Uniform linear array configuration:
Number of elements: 8
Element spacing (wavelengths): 1
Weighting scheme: exponential
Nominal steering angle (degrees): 30
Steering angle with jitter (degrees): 31.354
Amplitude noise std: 0.05
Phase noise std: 0.05

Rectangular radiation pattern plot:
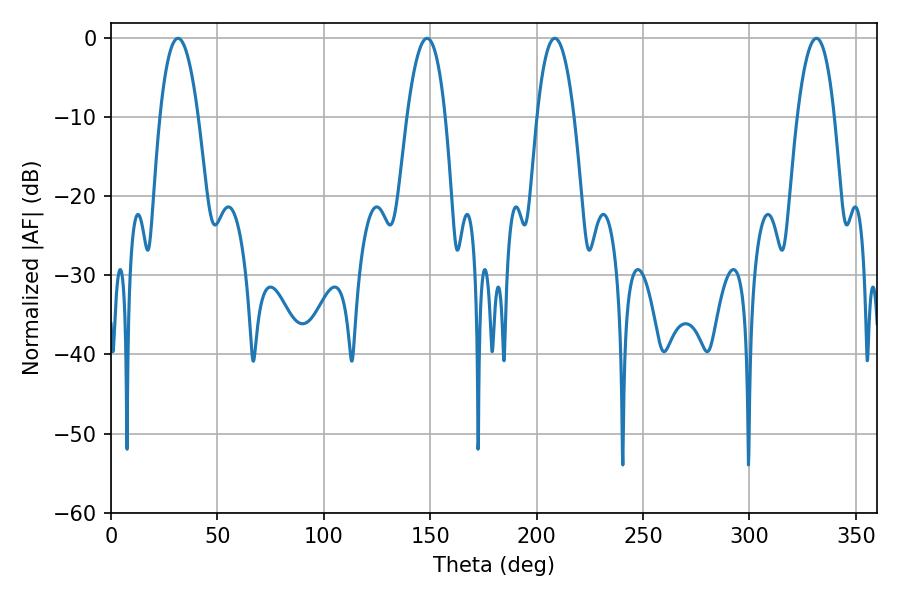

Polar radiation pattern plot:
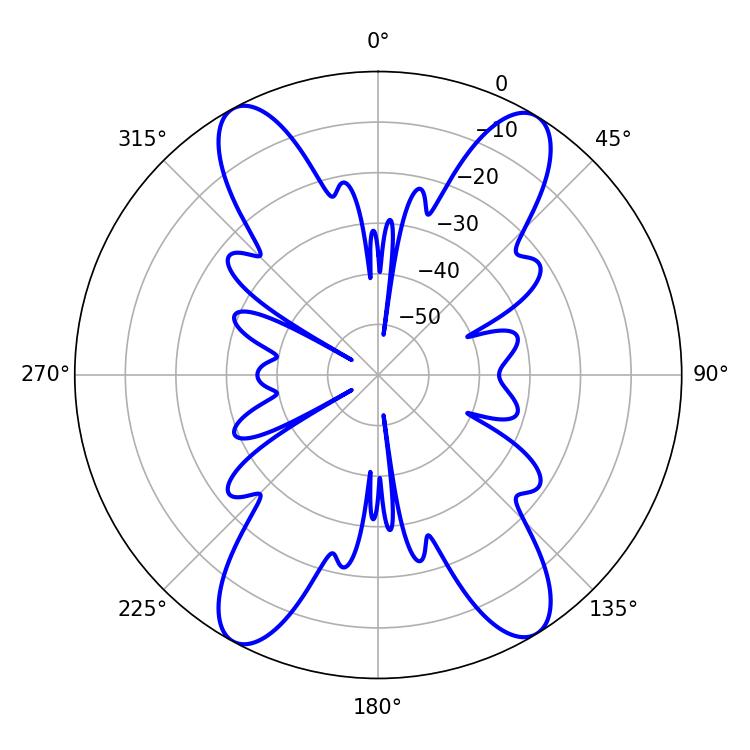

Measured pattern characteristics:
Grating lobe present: TRUE
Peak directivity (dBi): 19.294
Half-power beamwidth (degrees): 9.9
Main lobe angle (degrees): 31.5